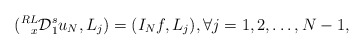
\begin{align*}(\prescript{RL}{x}{\mathcal{D}}_{1}^{s}u_N, L_j)=(I_Nf,L_j), \forall j=1,2,\ldots,N-1, \end{align*}